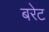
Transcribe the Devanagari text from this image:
बरेट